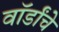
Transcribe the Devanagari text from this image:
वॉर्डांचे